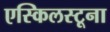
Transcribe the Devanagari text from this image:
एस्किलस्टूना